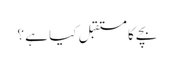
بچے کا مستقبل کیا ہے ؟